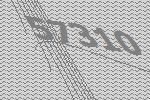
57310